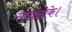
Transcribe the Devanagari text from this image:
तंत्रालोके।